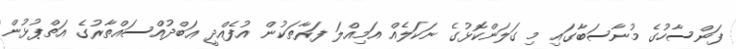
ފަންސާހުގެ މުނާސަބާގައި މި ގަލަންކޮޅުގެ ނަކަލެއް އަމިއްލަ ފަރާތަކުން އުފެއްދީ ޢަބްދުއްސައްތާރުގެ އަތްޕުޅުން